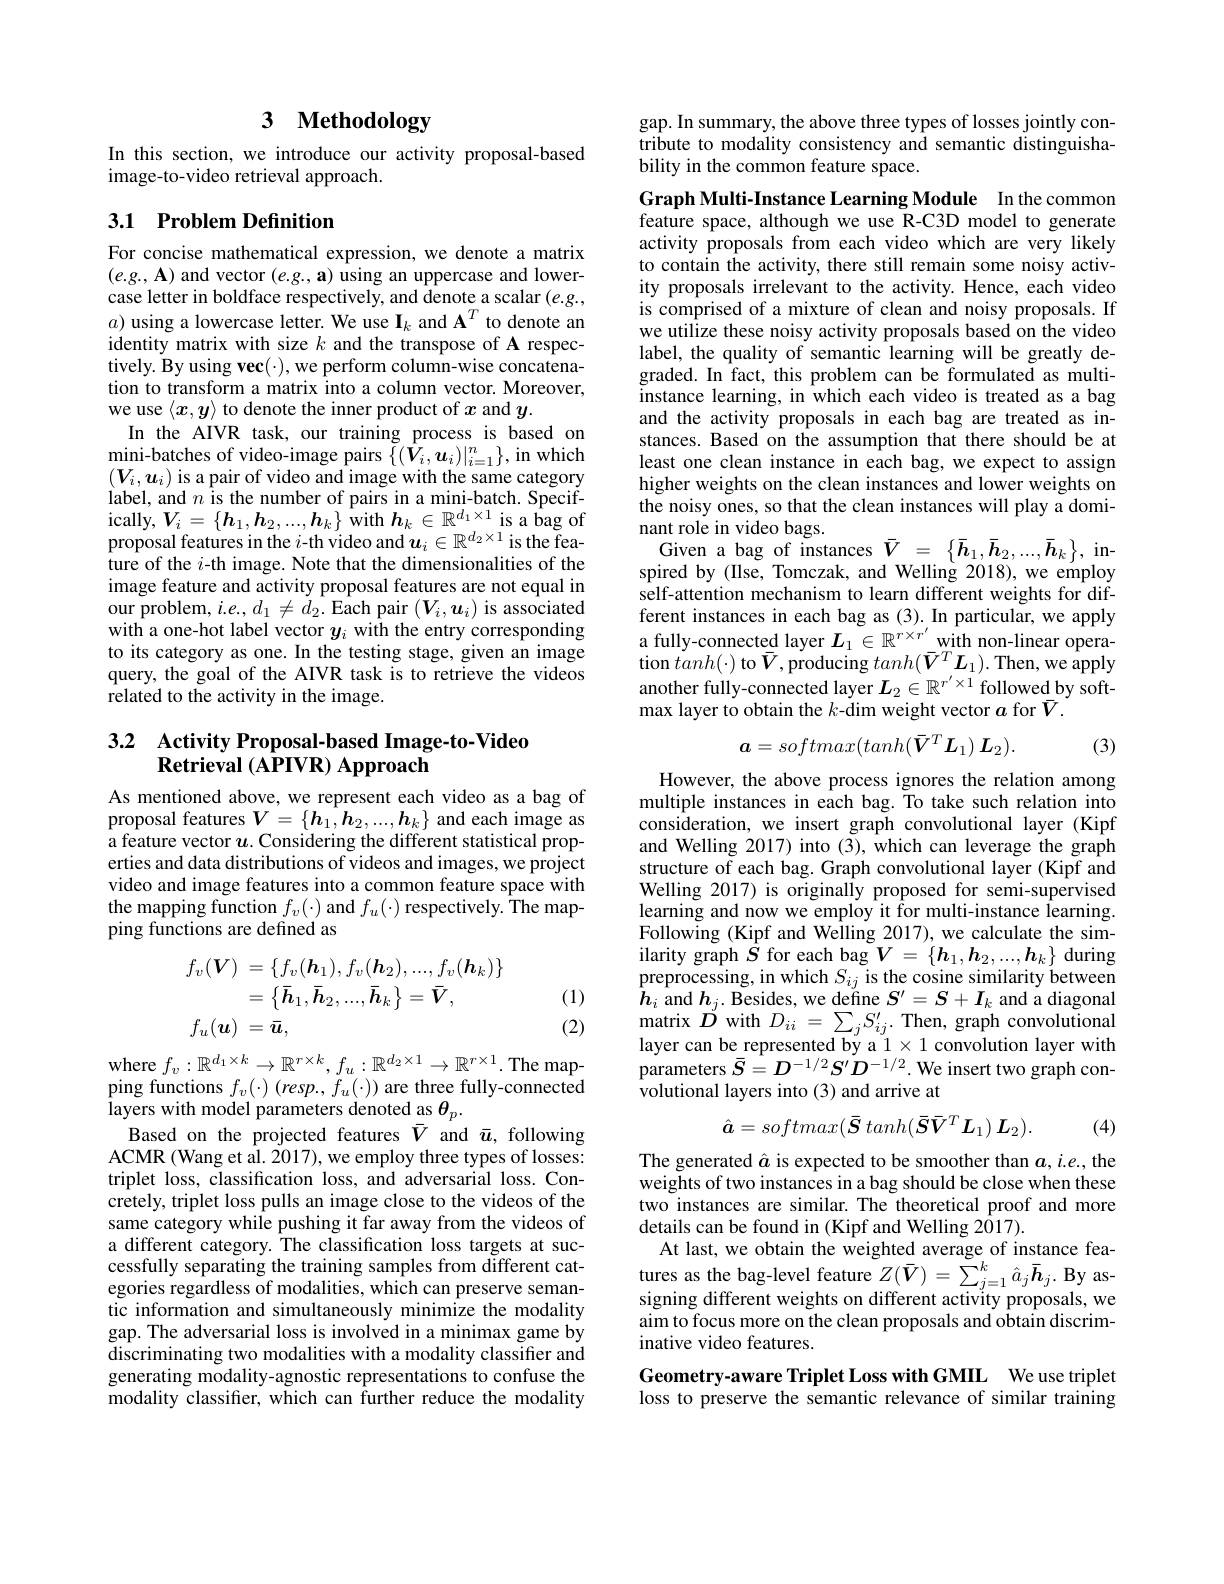
# 3 Methodology

In this section, we introduce our activity proposal-based
image-to-video retrieval approach.

### 3.1 Problem Definition

For concise mathematical expression, we denote a matrix $( e. g. , \mathbf{A} )$ and vector $( e. g. , \mathbf{a} )$ using an uppercase and lower- case letter in boldface respectively, and denote a scalar $( e. g. , )$ $a)$ using a lowercase letter. We use I$_k$ and $\mathbf{A}^T$ to denote an identity matrix with size $k$ and the transpose of A respectively. By using vec(·), we perform column-wise concatenation to transform a matrix into a column vector. Moreover, we use $\langle x,y\rangle$ to denote the inner product of $x$ and $y.$
In the AIVR task, our training process is based on mini-batches of video-image pairs $\{(\hat{\boldsymbol{V}}_{i},\boldsymbol{u}_{i})|_{i=1}^{n}\}$, in which $(V_i,u_i)$ is a pair of video and image with the same category label, and $n$ is the number of pairs in a mini-batch. Specifically, $V_{i}= \left \{ \boldsymbol{h}_{1}, \boldsymbol{h}_{2}, . . . , \boldsymbol{h}_{k}\right \}$with$\boldsymbol h_k\in\mathbb{R}^{d_{1}\times1}$is a bag of $\dot{\text{proposal features in the }i}$-th video and $\boldsymbol u_i\in\mathbb{R}^{d_2\times1}$ is the feature of the $i$-th image. Note that the dimensionalities of the image feature and activity proposal features are not equal in our problem, $i.e.,d_1\neq d_2.$ Each pair $(\boldsymbol V_i,\boldsymbol{u}_i)$ is associated with a one-hot label vector $y_i$ with the entry corresponding to its category as one. In the testing stage, given an image query, the goal of the AIVR task is to retrieve the videos related to the activity in the image.

# 3.2 Activity Proposal-based Image-to-Video $\textbf{Retrieval}\left ( \mathbf{APIVR}\right ) \mathbf{Approach}$

As mentioned above, we represent each video as a bag of $\begin{array}{l}{\text{proposal features }V=\{\boldsymbol{h}_{1},\boldsymbol{h}_{2},...,\boldsymbol{h}_{k}\}\mathrm{~and~each~image~as}}\\{\text{a feature vector }\boldsymbol{u}.\mathrm{~Considering~the~different~statistical~prop-}}\end{array}$ erties and data distributions of videos and images, we project video and image features into a common feature space with $\begin{array}{l}{\text{the mapping function }f_{v}(\cdot)\mathrm{~and~}f_{u}(\cdot)\mathrm{~respectively.~The~map-}}\\{\text{ping functions are defined as}}\end{array}$
$$\begin{aligned}f_{v}(\boldsymbol{V})&=\{f_{v}(\boldsymbol{h}_{1}),f_{v}(\boldsymbol{h}_{2}),...,f_{v}(\boldsymbol{h}_{k})\}\\&=\{\bar{\boldsymbol{h}}_{1},\bar{\boldsymbol{h}}_{2},...,\bar{\boldsymbol{h}}_{k}\}=\bar{\boldsymbol{V}},\\f_{u}(\boldsymbol{u})&=\bar{\boldsymbol{u}},\end{aligned}$$
(1) (2)

where $f_v:\mathbb{R}^{d_1\times k}\to\mathbb{R}^{r\times k},f_u:\mathbb{R}^{d_2\times1}\to\mathbb{R}^{r\times1}.$The mapping functions $f_v(\cdot)$ (resp., fu(·)) are three fully-connected $\begin{array}{c}{\mathrm{layers~with~model~parameters~denoted~as~}\theta_{p}.}\\{\mathrm{Based~on~the~projected~features~}\bar{V}\mathrm{~and~}\bar{u},\mathrm{~following}}\end{array}$ ACMR (Wang et al. 2017), we employ three types of losses: triplet loss, classification loss, and adversarial loss. Concretely, triplet loss pulls an image close to the videos of the same category while pushing it far away from the videos of a different category. The classification loss targets at successfully separating the training samples from different categories regardless of modalities, which can preserve semantic information and simultaneously minimize the modality gap. The adversarial loss is involved in a minimax game by discriminating two modalities with a modality classifier and generating modality-agnostic representations to confuse the modality classifer, which can further reduce the modality

gap. In summary, the above three types of losses jointly contribute to modality consistency and semantic distinguishability in the common feature space.

Graph Multi-Instance Learning Module In the common feature space, although we use R-C3D model to generate activity proposals from each video which are very likely to contain the activity, there still remain some noisy activity proposals irrelevant to the activity. Hence, each video is comprised of a mixture of clean and noisy proposals. If we utilize these noisy activity proposals based on the video label, the quality of semantic learning will be greatly degraded. In fact, this problem can be formulated as multiinstance learning, in which each video is treated as a bag and the activity proposals in each bag are treated as instances. Based on the assumption that there should be at least one clean instance in each bag,we expect to assign higher weights on the clean instances and lower weights on the noisy ones, so that the clean instances will play a domi- $\begin{array}{ccc}{\text{nant role in video bags.}}\\{\text{Given a bag of instances}}&{\bar{V}}=&{\{\bar{h}_{1},\bar{h}_{2},\ldots,\bar{h}_{k}\},\mathrm{~in-}}\\{\text{Given a bag of instances}}&{\bar{V}}=&{\{\bar{h}_{1},\bar{h}_{2},\ldots,\bar{h}_{k}\},\mathrm{~in-}}\\{\bar{h}_{1},\bar{h}_{2},\ldots,\bar{h}_{k}\},\mathrm{~in-}}\end{array}$ spired by (IIse, Tomczak, and Welling 2018), we employ self-attention mechanism to learn different weights for different instances in each bag as (3). In particular, we apply a fully-connected layer $L_1\in\mathbb{R}^{r\times r^{\prime}}$with non-linear opera- $\operatorname{tion}tanh(\cdot)$ to$\bar{\boldsymbol{V}},\operatorname{producing}tanh(\bar{\boldsymbol{V}}^{T}\boldsymbol{L}_{1}).$ Then, we apply another fully-connected layer $L_2\in\mathbb{R}^{r^{\prime}\times1}$ followed by softmax layer to obtain the $k$-dim weight vector $a$ for $\bar{V}.$
$$\boldsymbol{a}=softmax(tanh(\bar{\boldsymbol{V}}^T\boldsymbol{L}_1)\:\boldsymbol{L}_2).$$
(3)

However, the above process ignores the relation among multiple instances in each bag. To take such relation into consideration, we insert graph convolutional layer (Kipf and Welling 2017) into (3), which can leverage the graph structure of each bag. Graph convolutional layer (Kipf and Welling 2017) is originally proposed for semi-supervised learning and now we employ it for multi-instance learning. Following (Kipf and Welling 2017), we calculate the similarity graph $\bar{S}$ for each bag $\boldsymbol V=\{\boldsymbol{h}_1,\boldsymbol{h}_2,...,\boldsymbol{h}_k\}$ during $\begin{array}{l}{\text{preprocessing, in which }S_{ij}\mathrm{~is~the~cosine~similarity~between}}\\{\boldsymbol{h}_{i}\mathrm{~and~}\boldsymbol{h}_{j}.\mathrm{~Besides,~we~define~}\boldsymbol{S}^{\prime}=\boldsymbol{S}+\boldsymbol{I}_{k}\mathrm{~and~a~diagonal}}\end{array}$ ${\mathrm{matrix~}}D{\mathrm{~with~}}D_{ii}=\sum_{j}S_{ij}^{\prime}.$Then, graph convolutional $\begin{array}{l}\text{layer can be represented by a 1}\times1\text{ convolution layer with}\\\text{parameters }\bar{S}=D^{-1/2}S^{\prime}D^{-1/2}.\text{We insert two graph con-}\end{array}$ volutional layers into (3) and arrive at
$$\hat{\boldsymbol{a}}=softmax(\bar{\boldsymbol{S}}\:tanh(\bar{\boldsymbol{S}}\bar{\boldsymbol{V}}^T\boldsymbol{L}_1)\:\boldsymbol{L}_2).$$
(4)

The generated â is expected to be smoother than $a,i.e.$, the weights of two instances in a bag should be close when these two instances are similar. The theoretical proof and more details can be found in (Kipf and Welling 2017).
At last, we obtain the weighted average of instance features as the bag-level feature $Z(\bar{V})=\tilde{\sum}_{j=1}^{k}\hat{a}_{j}\bar{\boldsymbol{h}}_{j}.$ By assigning different weights on different activity proposals, we aim to focus more on the clean proposals and obtain discriminative video features.

Geometry-aware Triplet Loss with GMIL We use triplet loss to preserve the semantic relevance of similar training